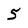
Character: 5